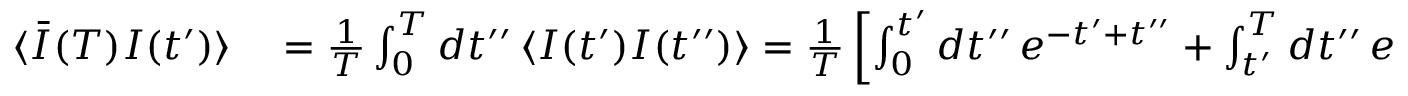
\begin{array} { r l } { \langle \bar { I } ( T ) I ( t ^ { \prime } ) \rangle } & { { } = \frac { 1 } { T } \int _ { 0 } ^ { T } d t ^ { \prime \prime } \, \langle I ( t ^ { \prime } ) I ( t ^ { \prime \prime } ) \rangle = \frac { 1 } { T } \left[ \int _ { 0 } ^ { t ^ { \prime } } d t ^ { \prime \prime } \, e ^ { - t ^ { \prime } + t ^ { \prime \prime } } + \int _ { t ^ { \prime } } ^ { T } d t ^ { \prime \prime } \, e ^ { - t ^ { \prime \prime } + t ^ { \prime } } \right] = \frac { 1 } { T } \left[ 2 - e ^ { - t ^ { \prime } } - e ^ { - ( T - t ^ { \prime } ) } \right] , } \end{array}